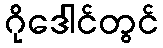
ဂိုဒေါင်တွင်